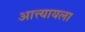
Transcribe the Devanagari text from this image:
आत्त्यायला